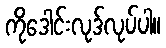
ကိုဒေါင်းလုဒ်လုပ်ပါ။